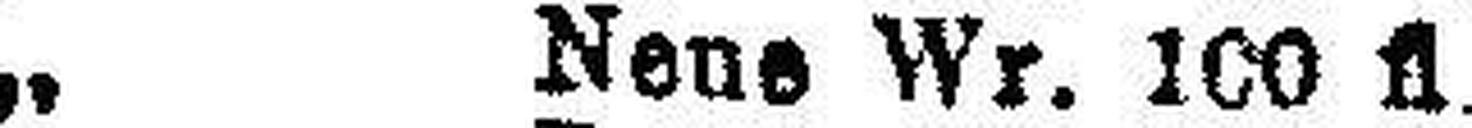
„ Neue Wr. 100 fl.